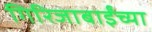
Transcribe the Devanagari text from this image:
गिरिजाबाईंच्या